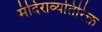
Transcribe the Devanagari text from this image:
मंदिराव्यतिरिक्त